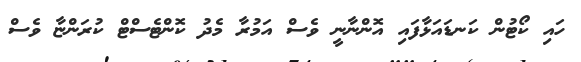
ހައި ކޯޓުން ކަނޑައަޅާފައި އޮންނާނީ ވެސް އަމުރާ މެދު ކޮންޓެސްޓް ކުރަންޏާ ވެސް